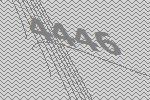
4446